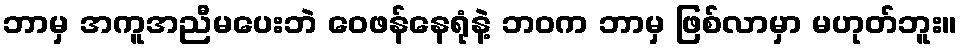
ဘာမှ အကူအညီမပေးဘဲ ဝေဖန်နေရုံနဲ့ ဘဝက ဘာမှ ဖြစ်လာမှာ မဟုတ်ဘူး။